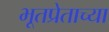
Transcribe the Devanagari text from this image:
भूतप्रेताच्या